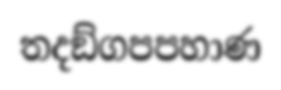
තදඞ්ගපපහාණ